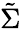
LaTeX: \tilde{\Sigma}